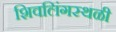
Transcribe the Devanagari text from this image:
शिवलिंगस्थळी